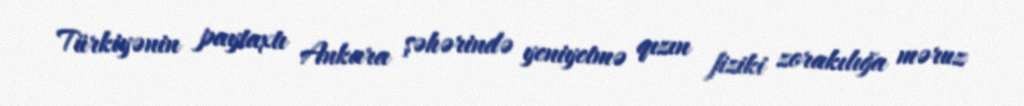
Türkiyənin paytaxtı Ankara şəhərində yeniyetmə qızın fiziki zorakılığa məruz